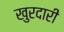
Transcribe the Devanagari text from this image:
खुरदारी